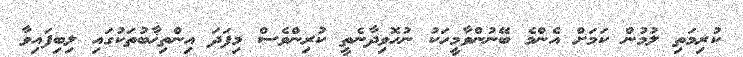
ކުރިމަތި ލުމުން ކަމަށް އެންމެ ބޭނުންވާމީހަކު ނުހޮވިދާނެތީ ކުރިންވެސް މިފަދަ އިންތިޚާބުތަކުގައި ލިބިފައިވާ